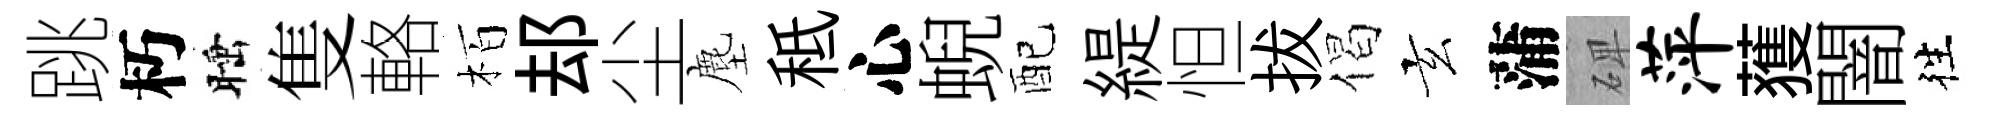
跳朽睡隻輅栢𨚫尘塵秪心蜺配緹怛拔偈玄蒲𥓓萍𫉬闇徃